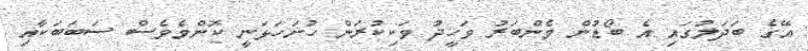
އޭގެ ބަދަލުގައި އެ ބޯޑުން މެންބަރު ވަހީދު ވަކިކުރަން ހުށަހަޅަނީ ކޮންމެވެސް ސަބަބަކާއި